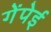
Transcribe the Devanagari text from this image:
गेंपेई